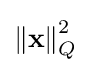
\left\|\mathbf {x} \right\|_{Q}^{2}